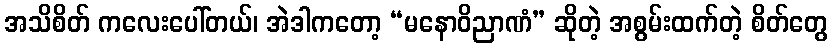
အသိစိတ် ကလေးပေါ်တယ်၊ အဲဒါကတော့ “မနောဝိညာဏံ” ဆိုတဲ့ အစွမ်းထက်တဲ့ စိတ်တွေ